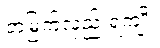
တံမြက်လှည်းရကျိုး